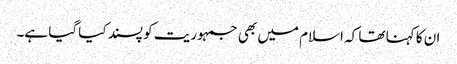
ان کا کہنا تھا کہ اسلام میں بھی جمہوریت کو پسند کیا گیا ہے۔